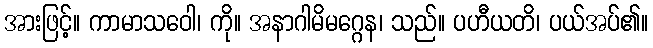
အားဖြင့်။ ကာမာသဝေါ၊ ကို။ အနာဂါမိမဂ္ဂေန၊ သည်။ ပဟီယတိ၊ ပယ်အပ်၏။